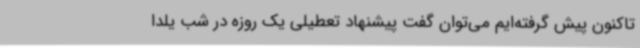
تاکنون پیش گرفته‌ایم می‌توان گفت پیشنهاد تعطیلی یک روزه در شب یلدا